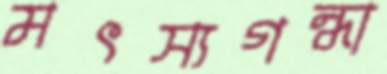
মৎস্যগন্ধা